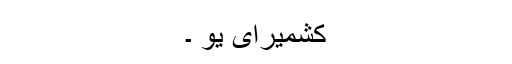
کشمیرای یو ۔